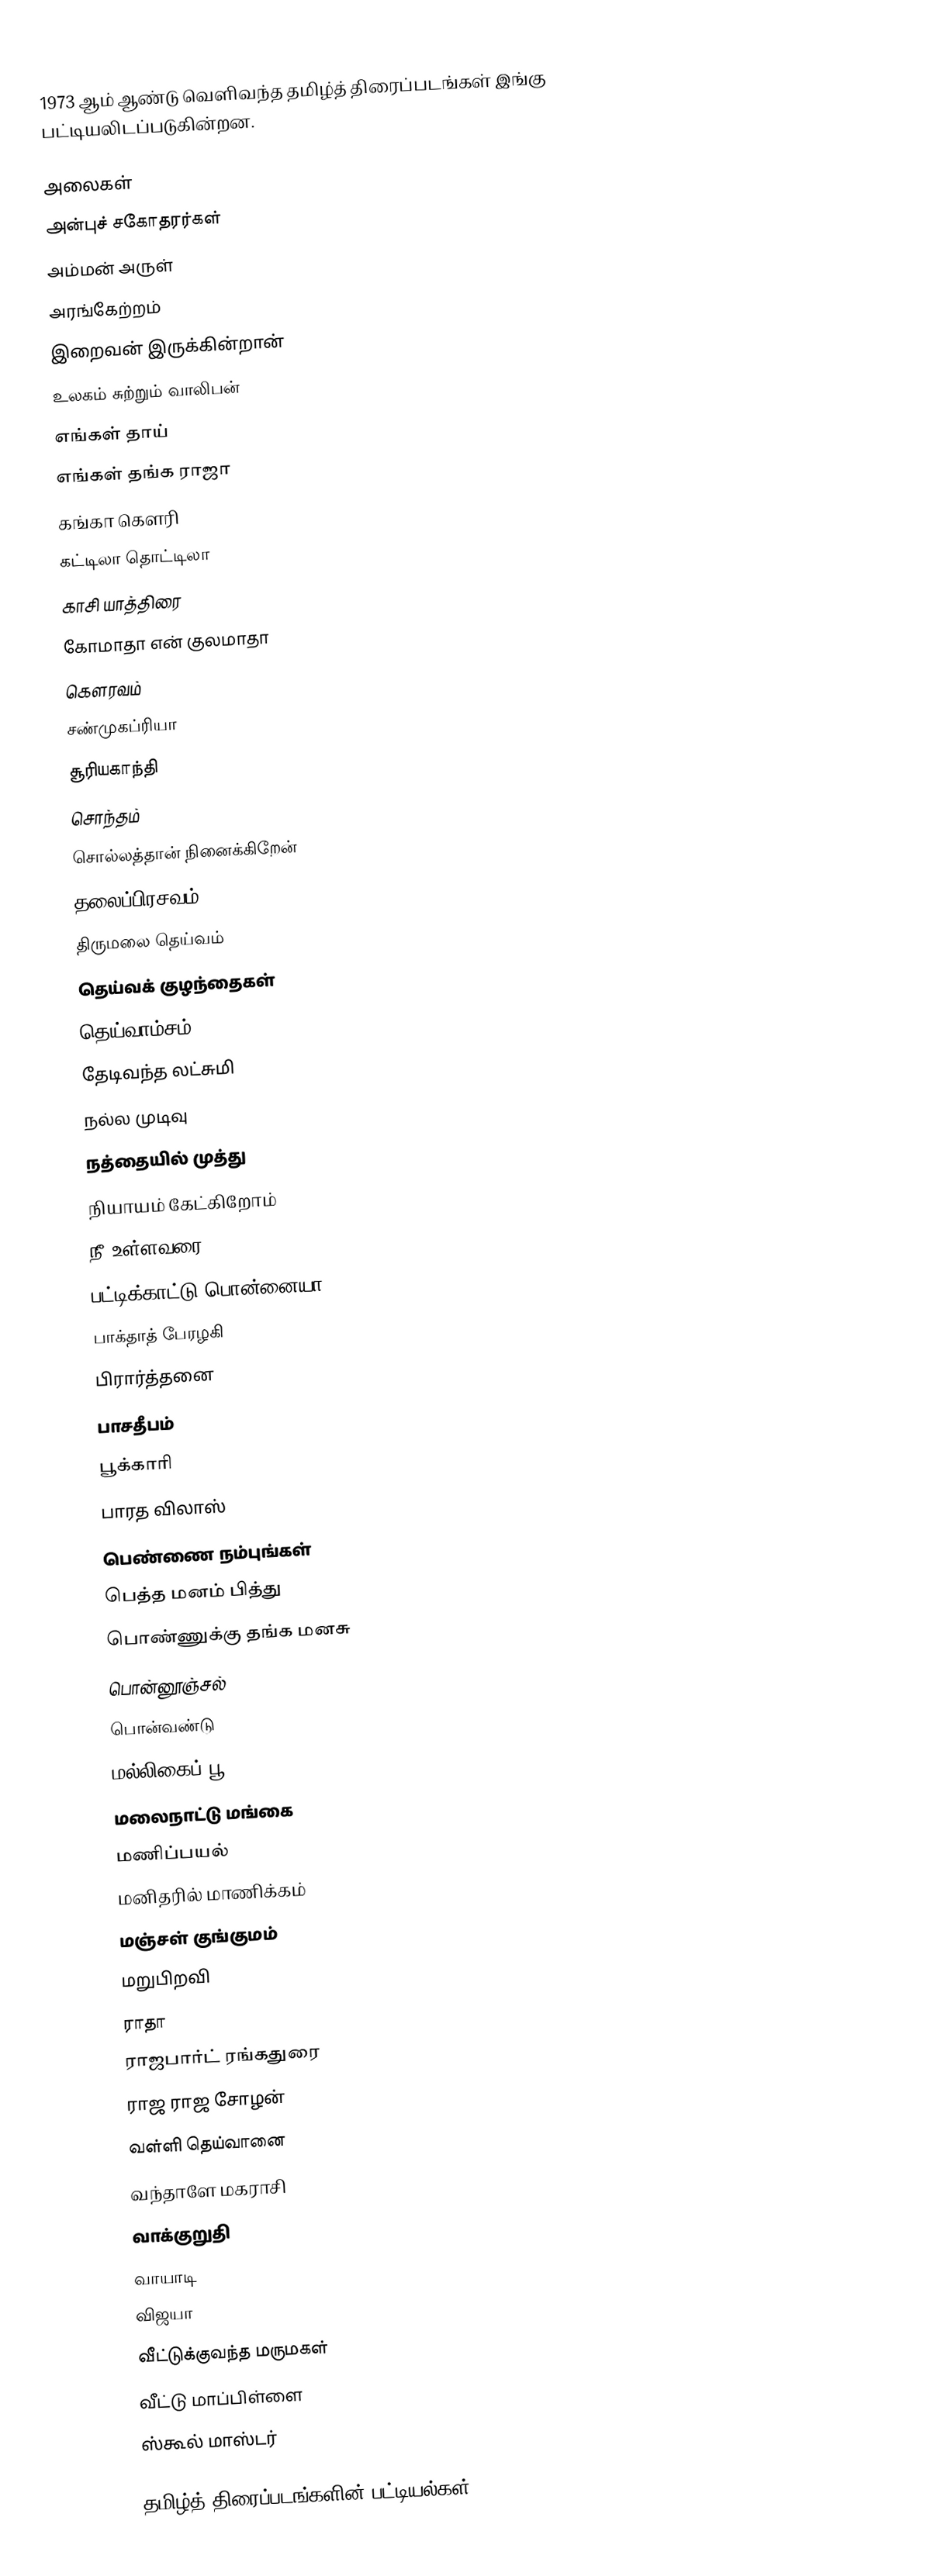
1973 ஆம் ஆண்டு வெளிவந்த தமிழ்த் திரைப்படங்கள் இங்கு பட்டியலிடப்படுகின்றன.

அலைகள்
அன்புச் சகோதரர்கள்
அம்மன் அருள்
அரங்கேற்றம்
இறைவன் இருக்கின்றான்
உலகம் சுற்றும் வாலிபன்
எங்கள் தாய்
எங்கள் தங்க ராஜா
கங்கா கௌரி
கட்டிலா தொட்டிலா
காசி யாத்திரை
கோமாதா என் குலமாதா
கௌரவம்
சண்முகப்ரியா
சூரியகாந்தி
சொந்தம்
சொல்லத்தான் நினைக்கிறேன்
தலைப்பிரசவம்
திருமலை தெய்வம்
தெய்வக் குழந்தைகள்
தெய்வாம்சம்
தேடிவந்த லட்சுமி
நல்ல முடிவு
நத்தையில் முத்து
நியாயம் கேட்கிறோம்
நீ உள்ளவரை
பட்டிக்காட்டு பொன்னையா
பாக்தாத் பேரழகி
பிரார்த்தனை
பாசதீபம்
பூக்காரி
பாரத விலாஸ்
பெண்ணை நம்புங்கள்
பெத்த மனம் பித்து
பொண்ணுக்கு தங்க மனசு
பொன்னூஞ்சல்
பொன்வண்டு
மல்லிகைப் பூ
மலைநாட்டு மங்கை
மணிப்பயல்
மனிதரில் மாணிக்கம்
மஞ்சள் குங்குமம்
மறுபிறவி
ராதா
ராஜபார்ட் ரங்கதுரை
ராஜ ராஜ சோழன்
வள்ளி தெய்வானை
வந்தாளே மகராசி
வாக்குறுதி
வாயாடி
விஜயா
வீட்டுக்குவந்த மருமகள்
வீட்டு மாப்பிள்ளை
ஸ்கூல் மாஸ்டர்

தமிழ்த் திரைப்படங்களின் பட்டியல்கள்